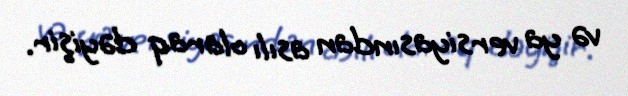
və ya versiyasından asılı olaraq dəyişir.